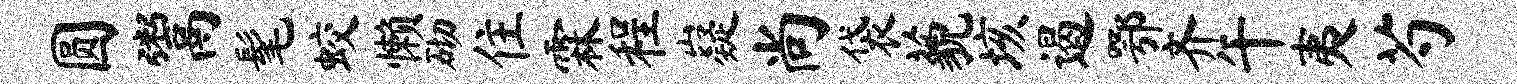
圆鬻髦蛟懒砌住霖程嶷尚袋藐垓遏鄂齐午夷芍